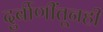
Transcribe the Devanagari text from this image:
दुर्बीणींतूनही